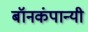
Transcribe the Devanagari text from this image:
बॉनकंपान्यी